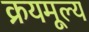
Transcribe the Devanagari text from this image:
क्रयमूल्य